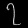
Digit: ၇